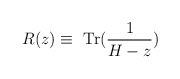
\begin{align*}R(z)\equiv \textrm{ Tr}(\frac{1}{H-z})\end{align*}